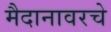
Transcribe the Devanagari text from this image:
मैदानावरचे